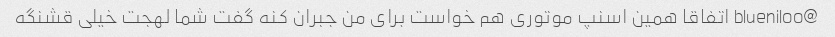
@blueniloo اتفاقا همین اسنپ موتوری هم خواست برای من جبران کنه گفت شما لهجت خیلی قشنگه